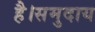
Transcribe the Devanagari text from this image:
है।समुदाय